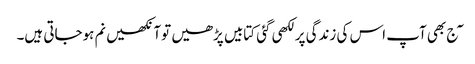
\ٓج بھی آپ اس کی زندگی پر لکھی گئی کتابیں پڑھیں توآنکھیں نم ہوجاتی ہیں۔